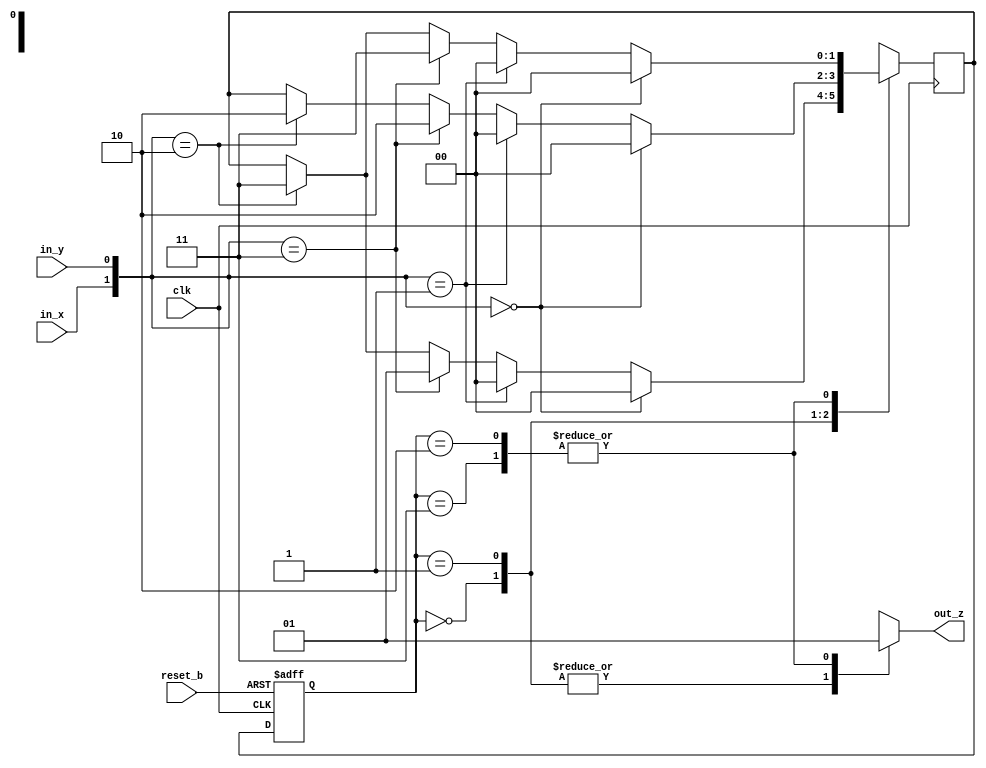
//This is a moore machine.
//In a state machien diagram the numbers inside the circles have the current state on top and the output on the bottom.
//(He reccomends we build a test bench - requires GTK Wave)

module FiniteStateMachine(output out_z, input in_x, in_y, clk, reset_b);
  reg [1: 0] state, next_state;
  reg output_state;
  parameter S0 = 2'b00, S1 = 2'b01, S2 = 2'b10, S3 = 2'b11;

  // Change state on the rising edge of the clock or rest on negative edge
  always @ (posedge clk, negedge reset_b)
    begin
      if (reset_b == 0)
        state <= S0;
      else
        state <= next_state;
    end

  always @ (state)
    begin
      case (state)
        S0:
          output_state <= 1'b0;
        S1:
          output_state <= 1'b0;
        S2:
          output_state <= 1'b1;
        S3:
          output_state <= 1'b1;
      endcase
    end


  assign out_z = output_state;

  always @ (negedge clk)
    begin
      case (state)
        S0:
          if({in_x, in_y} == 2'b00)
            next_state = S0;
          else if({in_x, in_y} == 2'b01)
            next_state = S0;
          else if({in_x, in_y} == 2'b11)
            next_state = S1;
          else if({in_x, in_y} == 2'b10)
            next_state = S3;
        S1:
          if({in_x, in_y} == 2'b00)
            next_state = S0;
          else if({in_x, in_y} == 2'b01)
            next_state = S0;
          else if({in_x, in_y} == 2'b11)
            next_state = S2;
          else if({in_x, in_y} == 2'b10)
            next_state = S2;
        S2:
          if({in_x, in_y} == 2'b00)
            next_state = S0;
          else if({in_x, in_y} == 2'b01)
            next_state = S0;
          else if({in_x, in_y} == 2'b11)
            next_state = S3;
          else if({in_x, in_y} == 2'b10)
            next_state = S3;
        S3:
          if({in_x, in_y} == 2'b00)
            next_state = S0;
          else if({in_x, in_y} == 2'b01)
            next_state = S0;
          else if({in_x, in_y} == 2'b11)
            next_state = S3;
          else if({in_x, in_y} == 2'b10)
            next_state = S3;
      endcase
    end
endmodule